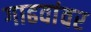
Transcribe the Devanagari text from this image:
गाढवांवर